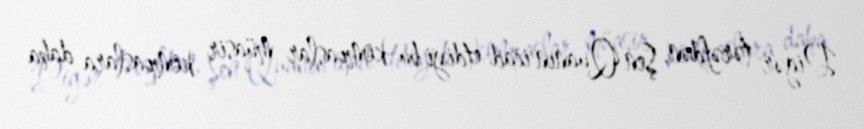
Digər tərəfdən, Şen Quanın icad etdiyi bu kompaslar müasir kompaslara daha